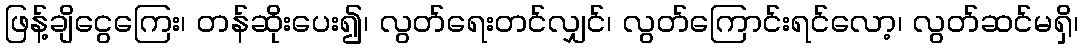
ဖြန့်ချိငွေကြေး၊ တန်ဆိုးပေး၍၊ လွတ်ရေးတင်လျှင်၊ လွတ်ကြောင်းရင်လော့၊ လွတ်ဆင်မရှိ၊